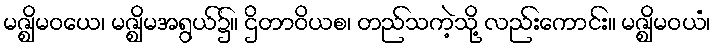
မဇ္ဈိမဝယေ၊ မဇ္ဈိမအရွယ်၌။ ဌိတာဝိယစ၊ တည်သကဲ့သို့ လည်းကောင်း။ မဇ္ဈိမဝယံ၊